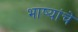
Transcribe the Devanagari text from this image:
भाष्यांचे